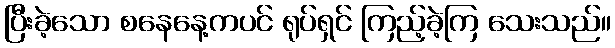
ပြီးခဲ့သော စနေနေ့ကပင် ရုပ်ရှင် ကြည့်ခဲ့ကြ သေးသည်။